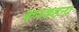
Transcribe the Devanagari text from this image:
कपकहना